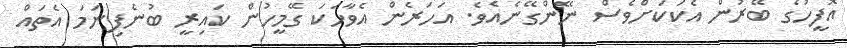
އޮފީހުގެ ބޭރުން އެކަކަށްވެސް ނޭންގޭނެއެވެ. އަހަރެން އެވާހަކަ ގޭމީހުން ކައިރީ ބުނެފިނަމަ އެތައް